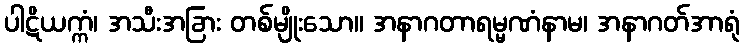
ပါဋိယက္ကံ၊ အသီးအခြား တစ်မျိုးသော။ အနာဂတာရမ္မဏံနာမ၊ အနာဂတ်အာရုံ